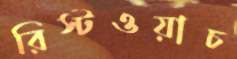
রিস্টওয়াচ